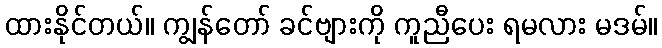
ထားနိုင်တယ်။ ကျွန်တော် ခင်ဗျားကို ကူညီပေး ရမလား မဒမ်။